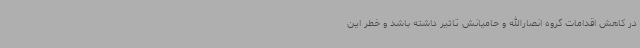
در کاهش اقدامات گروه انصارالله و حامیانش تاثیر داشته باشد و خطر این